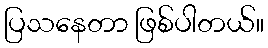
ပြသနေတာ ဖြစ်ပါတယ်။